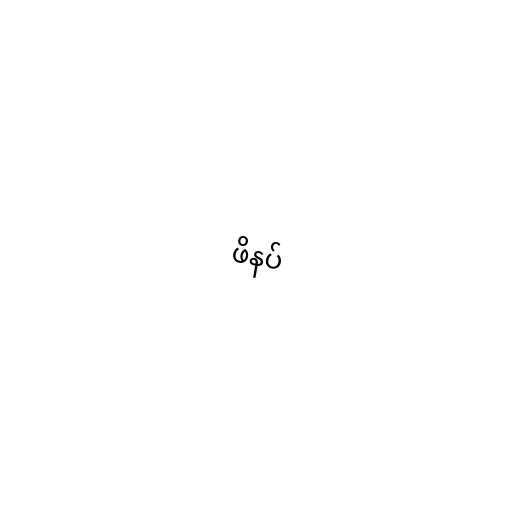
ဖိနပ်